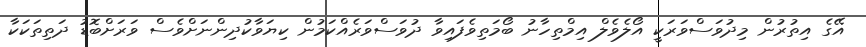
އޭގެ އިތުރުން މިދުވަސްވަރަކީ އޯލެވެލް އިމްތިހާނު ބޯމަތިވެފައިވާ ދުވަސްވަރެއްކަމުން ކިޔަވާކުދިންނަށްވެސް ވަރަށްބޮޑު ދަތިތަކަކާ